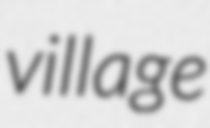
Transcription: village